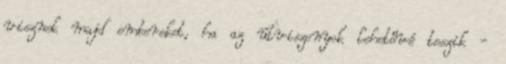
visznek majd embereket, ha az útviszonyok lehetővé teszik -